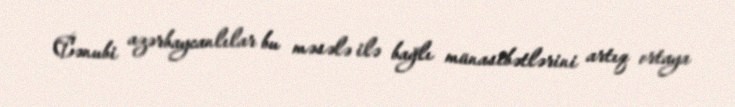
Cənubi azərbaycanlılar bu məsələ ilə bağlı münasibətlərini artıq ortaya